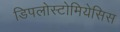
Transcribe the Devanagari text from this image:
डिपलोस्टोमियेसिस